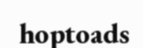
hoptoads